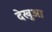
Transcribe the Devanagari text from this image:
देखुआ